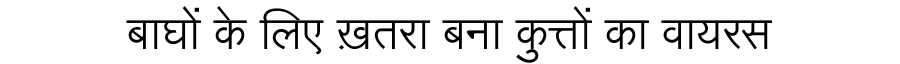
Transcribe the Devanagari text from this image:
बाघों के लिए ख़तरा बना कुत्तों का वायरस